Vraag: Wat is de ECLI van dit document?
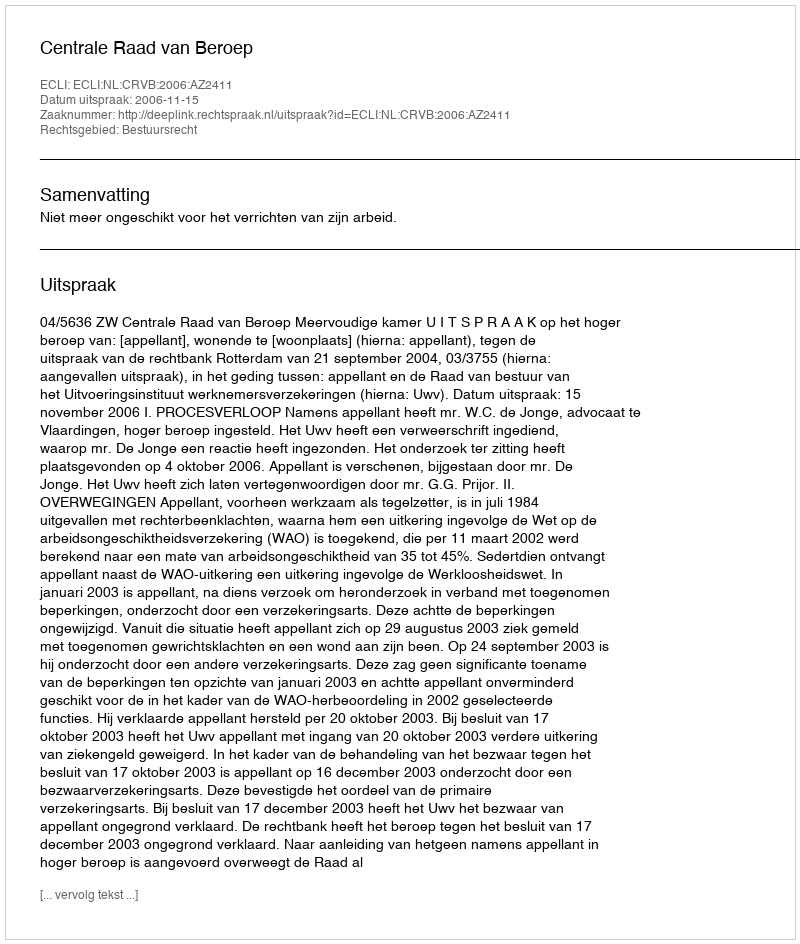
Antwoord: ECLI:NL:CRVB:2006:AZ2411